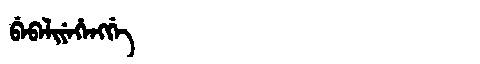
Manchu: ᠪᡝᠪᡝᠯᡳᠶᡝᡥᡝᠩᡤᡝ
Romanization: BEBELIYEHENGGE